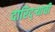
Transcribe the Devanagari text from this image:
दारिद्‌र्‍याची